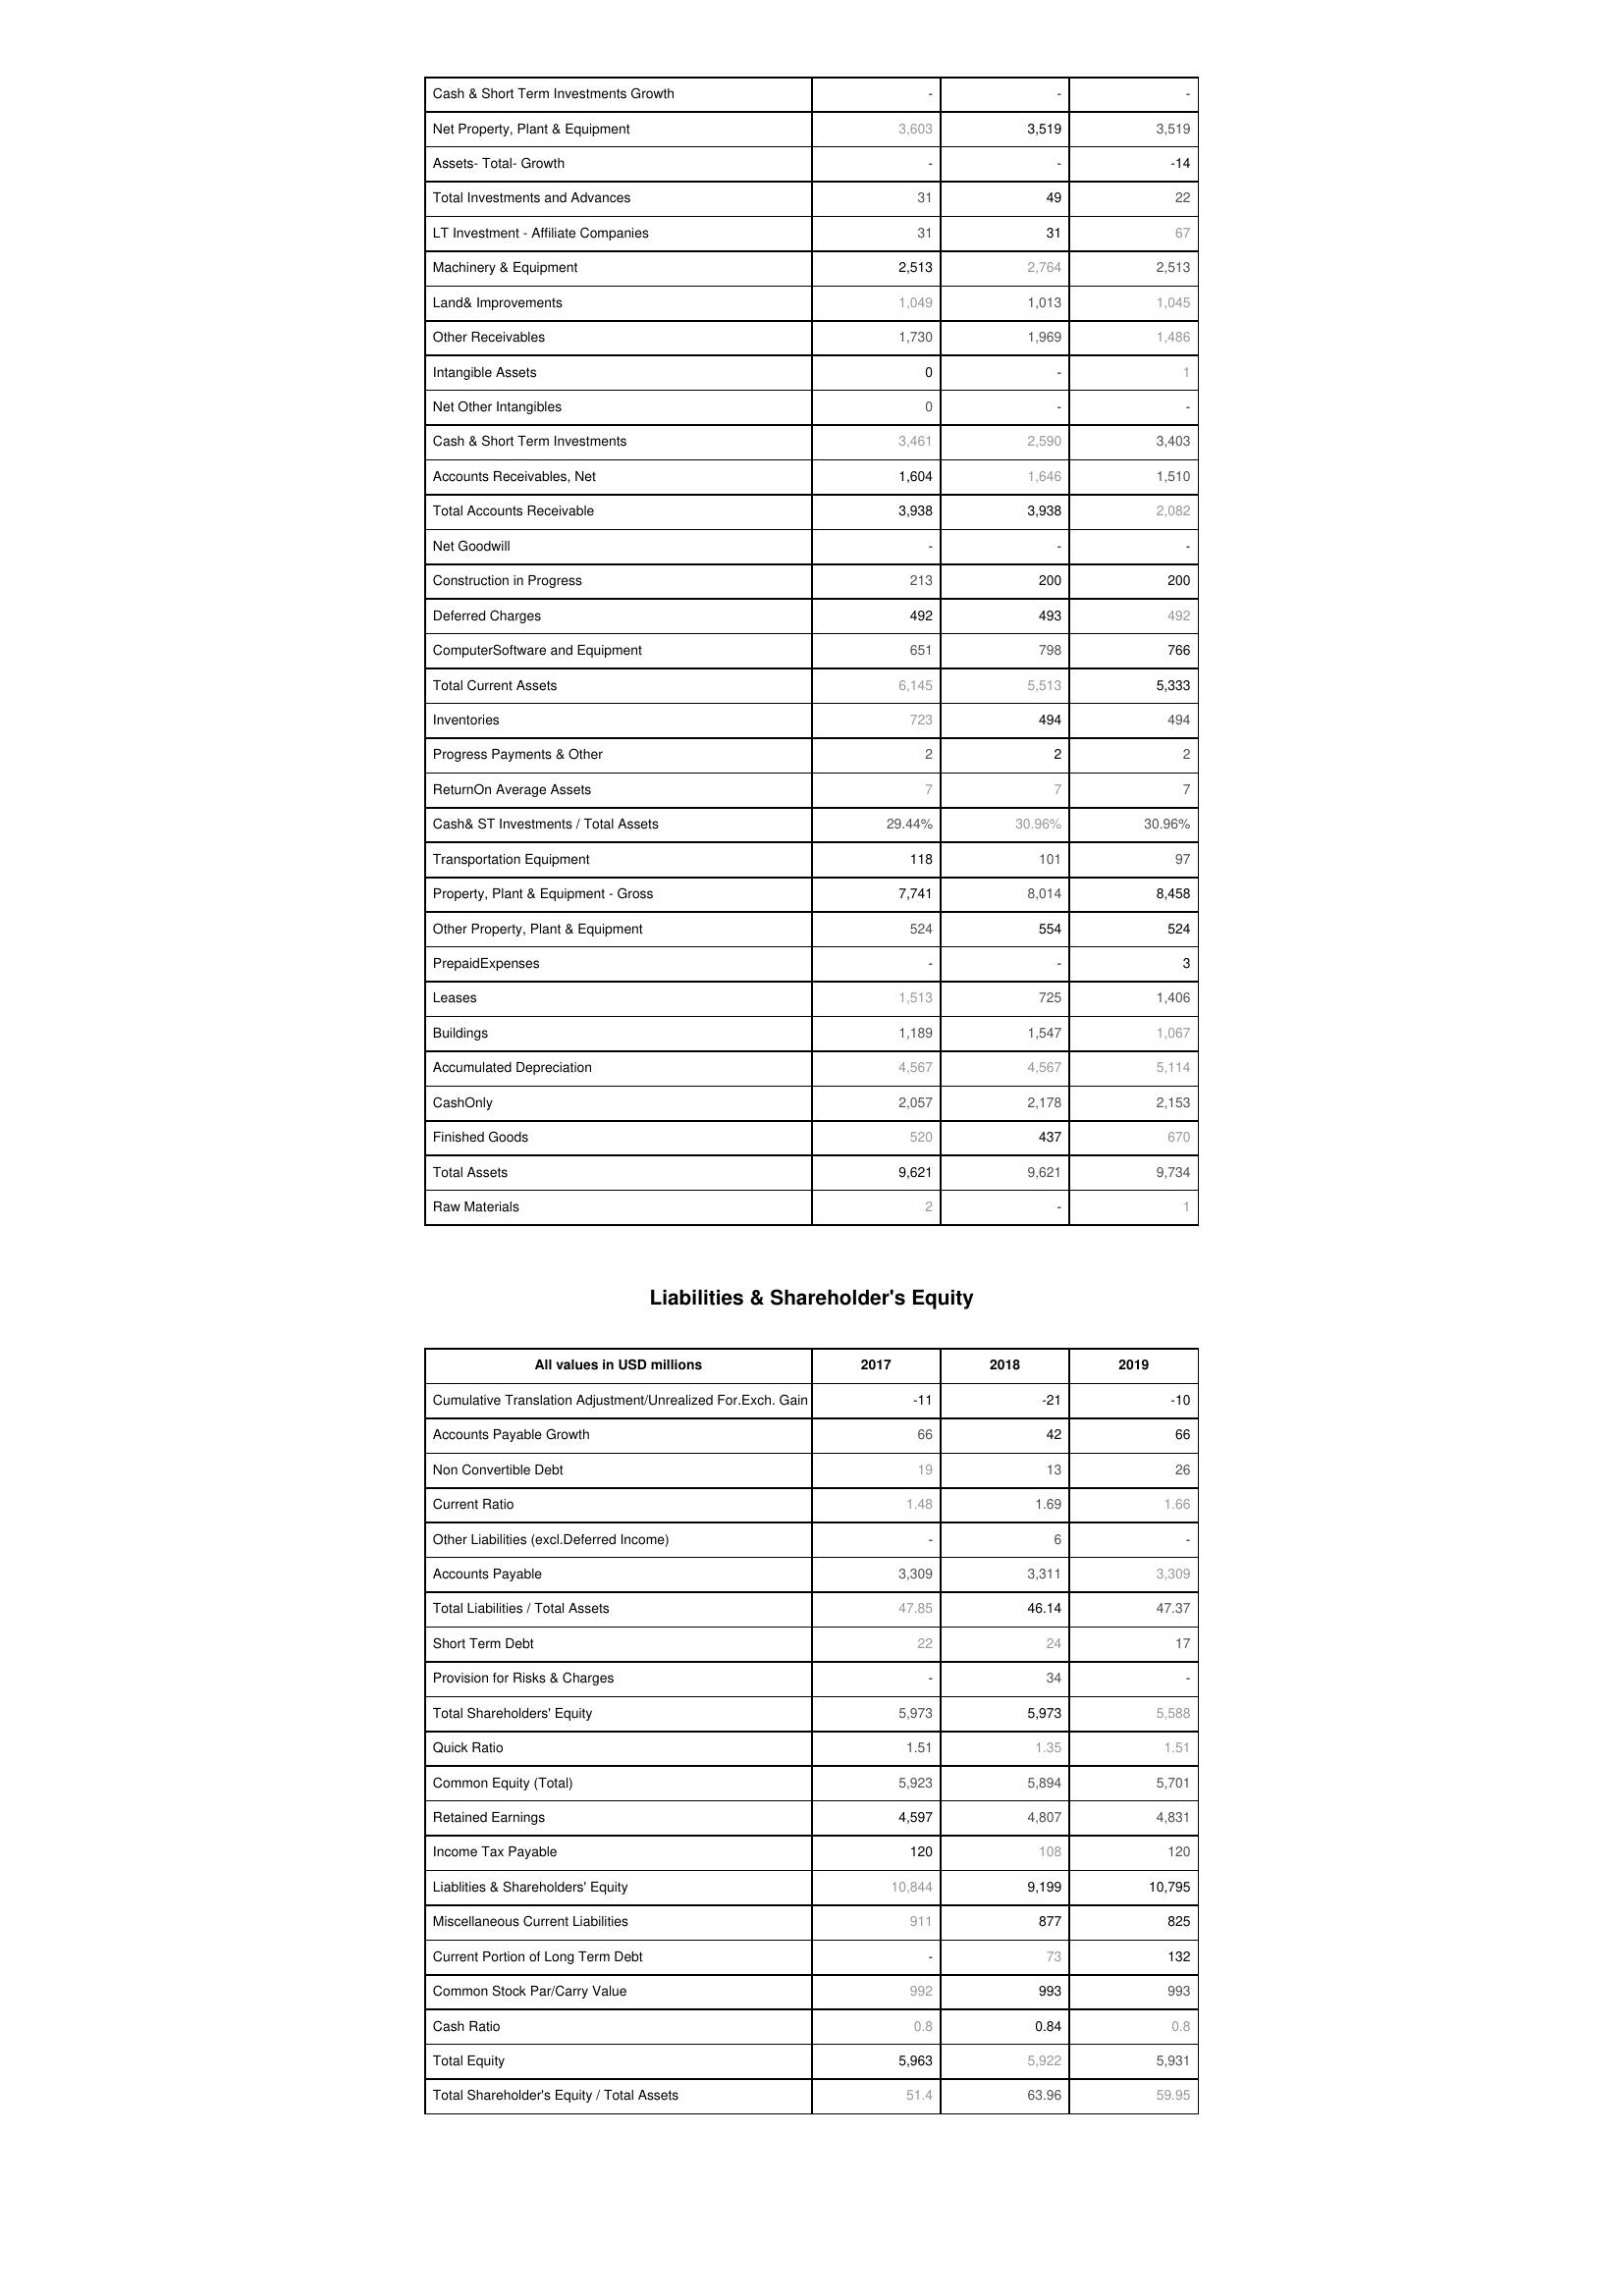
2017: Assets: Cash & Short Term Investments Growth: -
Net Property, Plant & Equipment: 3,603
Assets- Total- Growth: -
Total Investments and Advances: 31
LT Investment - Affiliate Companies: 31
Machinery & Equipment: 2,513
Land& Improvements: 1,049
Other Receivables: 1,730
Intangible Assets: 0
Net Other Intangibles: 0
Cash & Short Term Investments: 3,461
Accounts Receivables, Net: 1,604
Total Accounts Receivable: 3,938
Net Goodwill: -
Construction in Progress: 213
Deferred Charges: 492
ComputerSoftware and Equipment: 651
Total Current Assets: 6,145
Inventories: 723
Progress Payments & Other: 2
ReturnOn Average Assets: 7
Cash& ST Investments / Total Assets: 29.44%
Transportation Equipment: 118
Property, Plant & Equipment - Gross : 7,741
Other Property, Plant & Equipment: 524
PrepaidExpenses: -
Leases: 1,513
Buildings: 1,189
Accumulated Depreciation: 4,567
CashOnly: 2,057
Finished Goods: 520
Total Assets: 9,621
Raw Materials: 2
Liabilities & Shareholder's Equity: Cumulative Translation Adjustment/Unrealized For.Exch. Gain: -11
Accounts Payable Growth: 66
Non Convertible Debt: 19
Current Ratio: 1.48
Other Liabilities (excl.Deferred Income): -
Accounts Payable: 3,309
Total Liabilities / Total Assets: 47.85
Short Term Debt: 22
Provision for Risks & Charges: -
Total Shareholders' Equity: 5,973
Quick Ratio: 1.51
Common Equity (Total): 5,923
Retained Earnings: 4,597
Income Tax Payable: 120
Liablities & Shareholders' Equity: 10,844
Miscellaneous Current Liabilities: 911
Current Portion of Long Term Debt: -
Common Stock Par/Carry Value: 992
Cash Ratio: 0.8
Total Equity: 5,963
Total Shareholder's Equity / Total Assets: 51.4
2018: Assets: Cash & Short Term Investments Growth: -
Net Property, Plant & Equipment: 3,519
Assets- Total- Growth: -
Total Investments and Advances: 49
LT Investment - Affiliate Companies: 31
Machinery & Equipment: 2,764
Land& Improvements: 1,013
Other Receivables: 1,969
Intangible Assets: -
Net Other Intangibles: -
Cash & Short Term Investments: 2,590
Accounts Receivables, Net: 1,646
Total Accounts Receivable: 3,938
Net Goodwill: -
Construction in Progress: 200
Deferred Charges: 493
ComputerSoftware and Equipment: 798
Total Current Assets: 5,513
Inventories: 494
Progress Payments & Other: 2
ReturnOn Average Assets: 7
Cash& ST Investments / Total Assets: 30.96%
Transportation Equipment: 101
Property, Plant & Equipment - Gross : 8,014
Other Property, Plant & Equipment: 554
PrepaidExpenses: -
Leases: 725
Buildings: 1,547
Accumulated Depreciation: 4,567
CashOnly: 2,178
Finished Goods: 437
Total Assets: 9,621
Raw Materials: -
Liabilities & Shareholder's Equity: Cumulative Translation Adjustment/Unrealized For.Exch. Gain: -21
Accounts Payable Growth: 42
Non Convertible Debt: 13
Current Ratio: 1.69
Other Liabilities (excl.Deferred Income): 6
Accounts Payable: 3,311
Total Liabilities / Total Assets: 46.14
Short Term Debt: 24
Provision for Risks & Charges: 34
Total Shareholders' Equity: 5,973
Quick Ratio: 1.35
Common Equity (Total): 5,894
Retained Earnings: 4,807
Income Tax Payable: 108
Liablities & Shareholders' Equity: 9,199
Miscellaneous Current Liabilities: 877
Current Portion of Long Term Debt: 73
Common Stock Par/Carry Value: 993
Cash Ratio: 0.84
Total Equity: 5,922
Total Shareholder's Equity / Total Assets: 63.96
2019: Assets: Cash & Short Term Investments Growth: -
Net Property, Plant & Equipment: 3,519
Assets- Total- Growth: -14
Total Investments and Advances: 22
LT Investment - Affiliate Companies: 67
Machinery & Equipment: 2,513
Land& Improvements: 1,045
Other Receivables: 1,486
Intangible Assets: 1
Net Other Intangibles: -
Cash & Short Term Investments: 3,403
Accounts Receivables, Net: 1,510
Total Accounts Receivable: 2,082
Net Goodwill: -
Construction in Progress: 200
Deferred Charges: 492
ComputerSoftware and Equipment: 766
Total Current Assets: 5,333
Inventories: 494
Progress Payments & Other: 2
ReturnOn Average Assets: 7
Cash& ST Investments / Total Assets: 30.96%
Transportation Equipment: 97
Property, Plant & Equipment - Gross : 8,458
Other Property, Plant & Equipment: 524
PrepaidExpenses: 3
Leases: 1,406
Buildings: 1,067
Accumulated Depreciation: 5,114
CashOnly: 2,153
Finished Goods: 670
Total Assets: 9,734
Raw Materials: 1
Liabilities & Shareholder's Equity: Cumulative Translation Adjustment/Unrealized For.Exch. Gain: -10
Accounts Payable Growth: 66
Non Convertible Debt: 26
Current Ratio: 1.66
Other Liabilities (excl.Deferred Income): -
Accounts Payable: 3,309
Total Liabilities / Total Assets: 47.37
Short Term Debt: 17
Provision for Risks & Charges: -
Total Shareholders' Equity: 5,588
Quick Ratio: 1.51
Common Equity (Total): 5,701
Retained Earnings: 4,831
Income Tax Payable: 120
Liablities & Shareholders' Equity: 10,795
Miscellaneous Current Liabilities: 825
Current Portion of Long Term Debt: 132
Common Stock Par/Carry Value: 993
Cash Ratio: 0.8
Total Equity: 5,931
Total Shareholder's Equity / Total Assets: 59.95